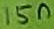
Text: 15n